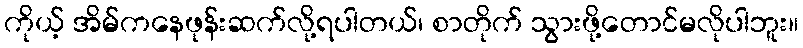
ကိုယ့် အိမ်ကနေဖုန်းဆက်လို့ရပါတယ်၊ စာတိုက် သွားဖို့တောင်မလိုပါဘူး။